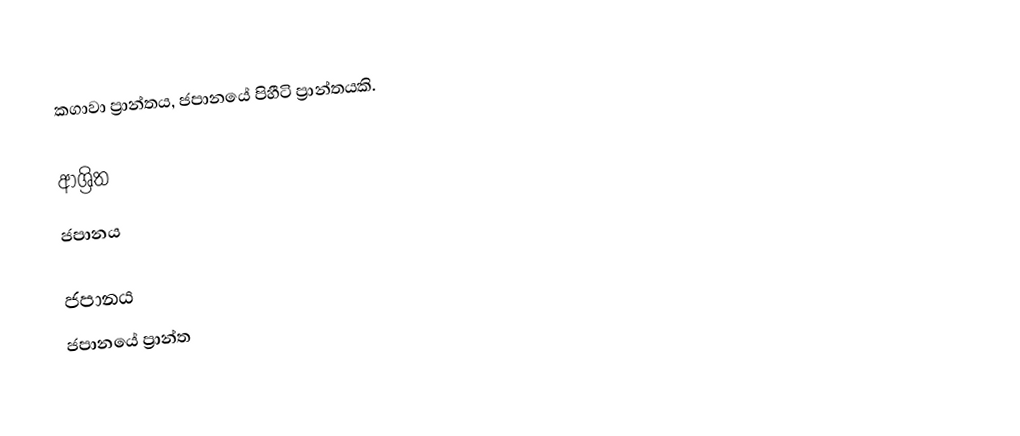
කගාවා ප්‍රාන්තය, ජපානයේ පිහීටි ප්‍රාන්තයකි.

ආශ්‍රිත
 ජපානය

ජපානය
ජපානයේ ප්‍රාන්ත